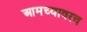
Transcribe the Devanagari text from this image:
आमच्यावरच